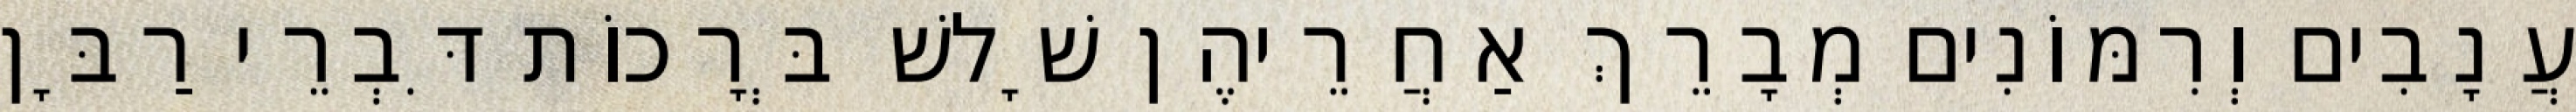
עֲנָבִים וְרִמּוֹנִים מְבָרֵךְ אַחֲרֵיהֶן שָׁלשׁ בְּרָכוֹת דִּבְרֵי רַבָּן